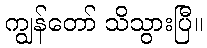
ကျွန်တော် သိသွားပြီ။